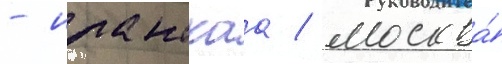
- иланскаа / москва́